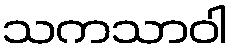
သကသာဝါ